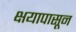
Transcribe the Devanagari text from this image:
क्षयापासून